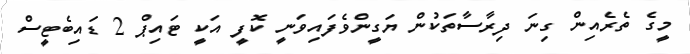
މީގެ ތެރެއިން ގިނަ ދިރާސާތަކުން ޔަގީންވެފައިވަނީ ކޮފީ އަކީ ޓައިޕް 2 ޑައިބެޓީސް